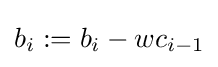
b_{i}:=b_{i}-wc_{i-1}